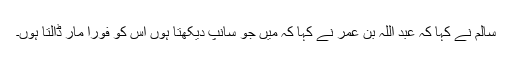
سالم نے کہا کہ عبد اللہ بن عمرؓ نے کہا کہ میں جو سانپ دیکھتا ہوں اس کو فوراً مار ڈالتا ہوں۔